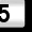
Digit: 5